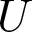
U